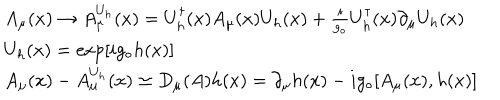
LaTeX: \begin{array} { r c l } { { } } & { { } } & { { A _ { \mu } ( x ) \rightarrow A _ { \mu } ^ { U _ { h } } ( x ) = U _ { h } ^ { \dagger } ( x ) A _ { \mu } ( x ) U _ { h } ( x ) + \frac { i } { g _ { \circ } } U _ { h } ^ { \dagger } ( x ) \partial _ { \mu } U _ { h } ( x ) } } \\ { { } } & { { } } & { { U _ { h } ( x ) = \exp [ i g _ { \circ } h ( x ) ] } } \\ { { } } & { { } } & { { A _ { \mu } ( x ) - A _ { \mu } ^ { U _ { h } } ( x ) \simeq D _ { \mu } ( A ) h ( x ) = \partial _ { \mu } h ( x ) - i g _ { \circ } [ A _ { \mu } ( x ) , h ( x ) ] } } \\ \end{array}